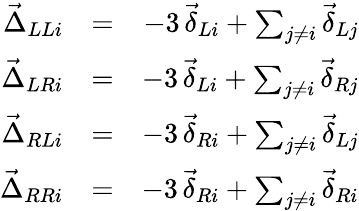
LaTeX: \begin{array}{rlr}{\vec{\Delta}_{LLi}}&{=}&{-3\, \vec{\delta}_{Li}+\sum_{j\neq i}\vec{\delta}_{Lj}}\\ {\vec{\Delta}_{LRi}}&{=}&{-3\, \vec{\delta}_{Li}+\sum_{j\neq i}\vec{\delta}_{Rj}}\\ {\vec{\Delta}_{RLi}}&{=}&{-3\, \vec{\delta}_{Ri}+\sum_{j\neq i}\vec{\delta}_{Lj}}\\ {\vec{\Delta}_{RRi}}&{=}&{-3\, \vec{\delta}_{Ri}+\sum_{j\neq i}\vec{\delta}_{Ri}}\end{array}